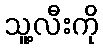
သူ့လီးကို